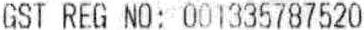
GST REG NO: 001335787520